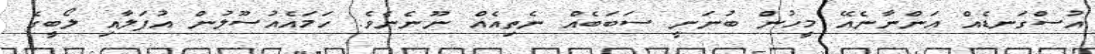
އުސްގަނޑެއް އަންނާނެއޭ މީހުން ބުނަނީ ސަބަބެއް ނެތިއެއް ނޫނެނެވެ. ހަމައެއުސޫލުން އުފަލާއި ލޯބީގެ